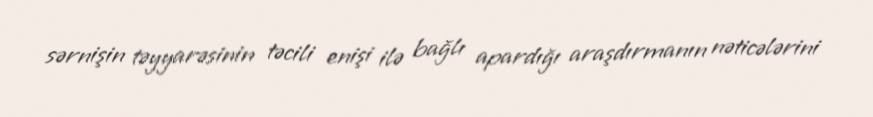
sərnişin təyyarəsinin təcili enişi ilə bağlı apardığı araşdırmanın nəticələrini